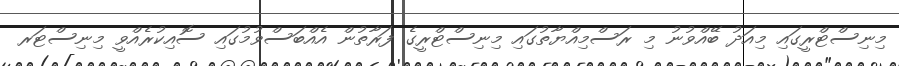
މިނިސްޓްރީގައި މިއަދު ބޭއްވުނު މި ރަސްމިއްޔާތުގައި މިނިސްޓްރީގެ ފަރާތުން އެއްބަސްވުމުގައި ސޮއިކުރެއްވީ މިނިސްޓަރ